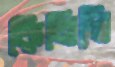
কিনিলি